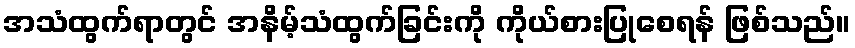
အသံထွက်ရာတွင် အနိမ့်သံထွက်ခြင်းကို ကိုယ်စားပြုစေရန် ဖြစ်သည်။